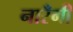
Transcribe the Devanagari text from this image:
नारँगी